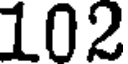
102